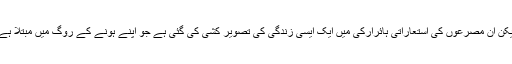
لیکن ان مصرعوں کی استعاراتی ہائرارکی میں ایک ایسی زندگی کی تصویر کشی کی گئی ہے جو اپنے ہونے کے روگ میں مبتلا ہے۔